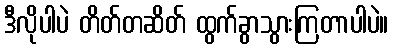
ဒီလိုပါပဲ တိတ်တဆိတ် ထွက်ခွာသွားကြတာပါပဲ။